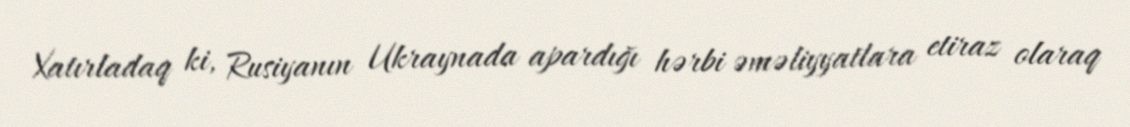
Xatırladaq ki, Rusiyanın Ukraynada apardığı hərbi əməliyyatlara etiraz olaraq